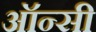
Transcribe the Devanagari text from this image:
ऑन्सी